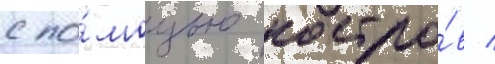
с по́мощью костро́в /